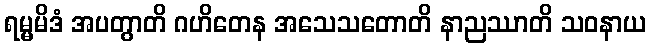
ရမ္မမိဒံ အပတွာတိ ဂဟိတေန အသေသတောတိ နာညဿာတိ သဝနာယ